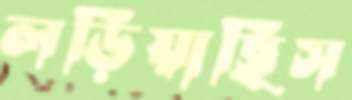
লড়িয়াছিস